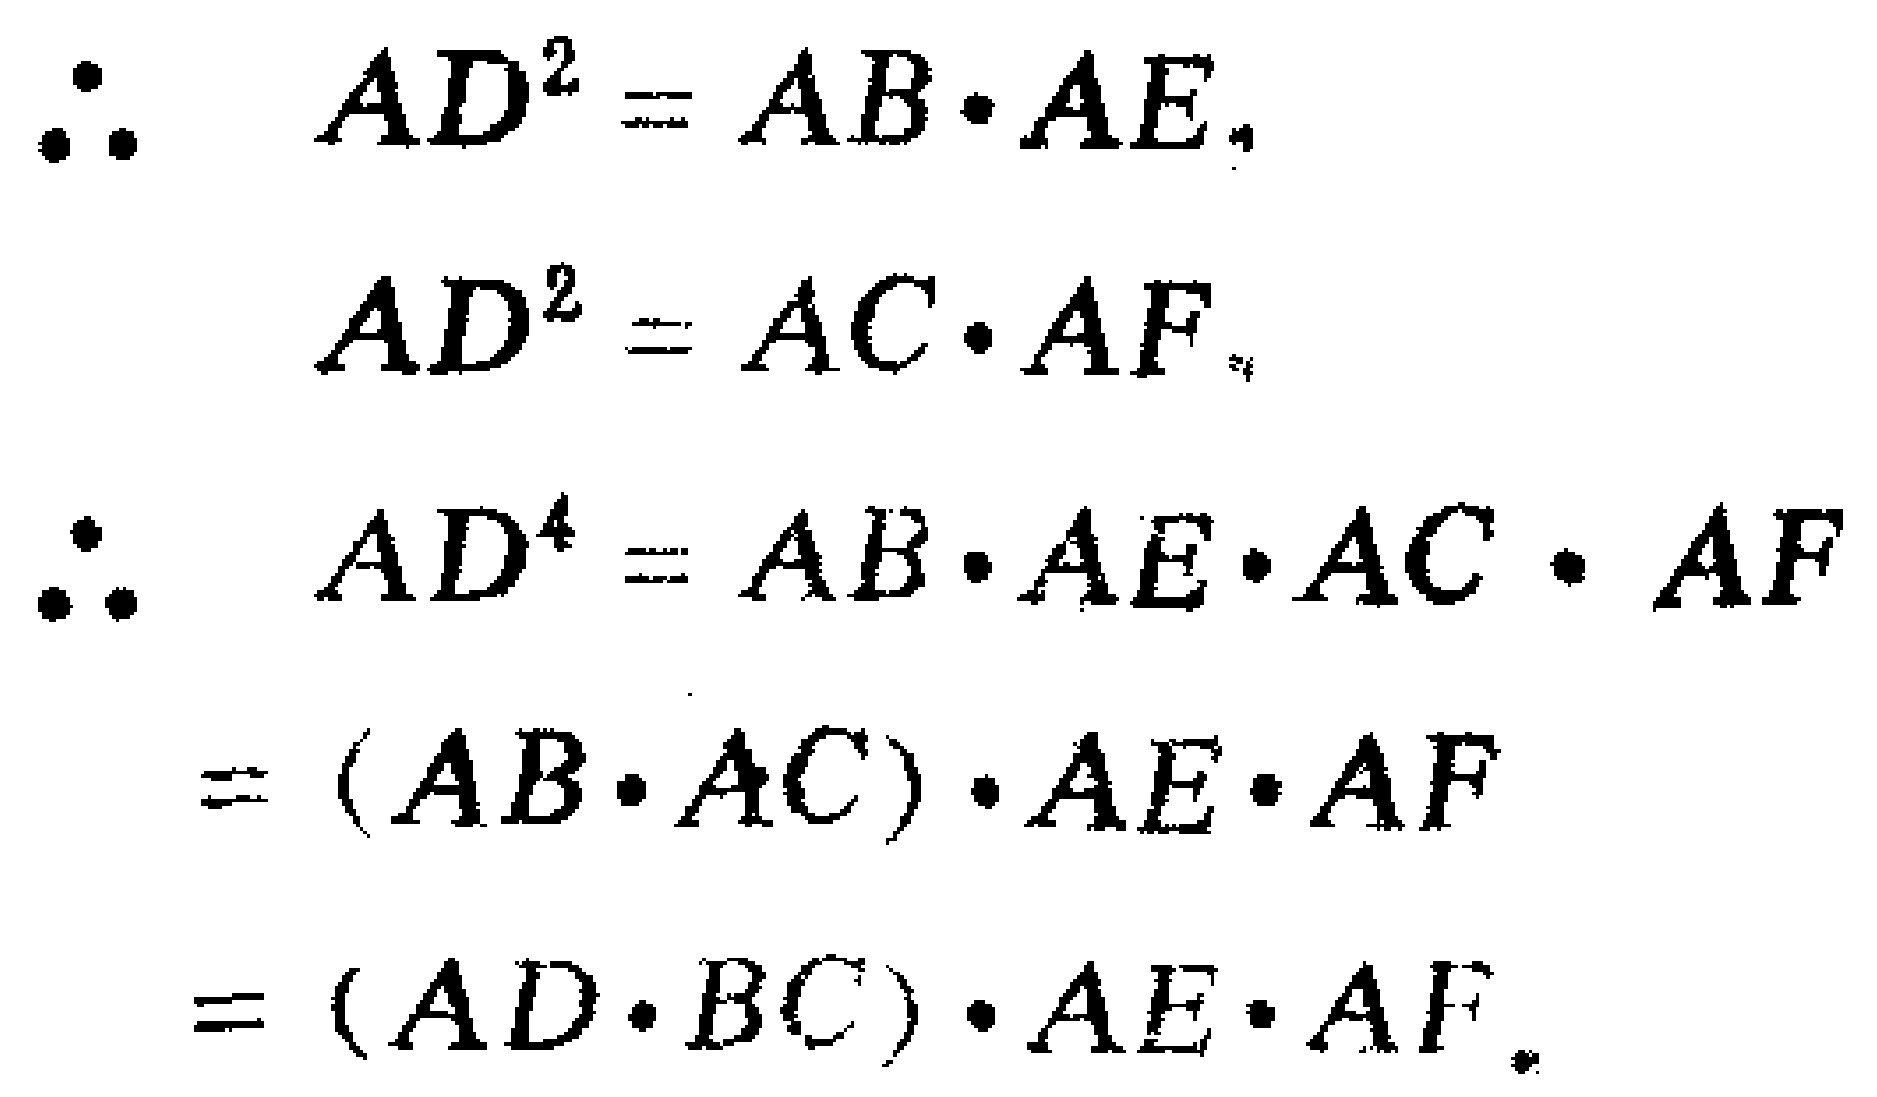
\begin{align*}
\therefore\quad AD^{2} &= AB\cdot AE,\\
AD^{2} &= AC\cdot AF,\\
\therefore\quad AD^{4} &= AB\cdot AE\cdot AC\cdot AF\\
&=(AB\cdot AC)\cdot AE\cdot AF\\
&=(AD\cdot BC)\cdot AE\cdot AF.
\end{align*}